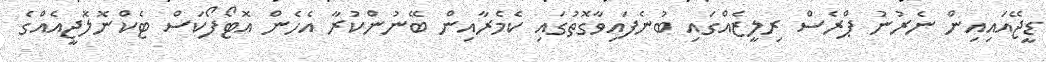
ޑީޖޭއައިއިން ނެރުނު ޕްރެސް ރިލީޒެއްގައި ބުނެފައިވާގޮތުގައި ކެމެރާއިން ބޭނުންކުރާ އެހެން އޮޓޯފޯކަސް ޓެކްނޮލޮޖީއެއްގެ